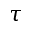
\tau